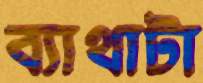
ব্যাথাটা